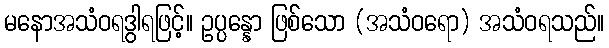
မနောအသံဝရဒွါရဖြင့်။ ဥပ္ပန္နော ဖြစ်သော (အသံဝရော) အသံဝရသည်။